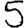
Digit: 5